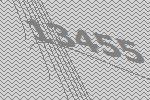
13455